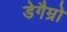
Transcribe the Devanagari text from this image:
डेगैम्रो